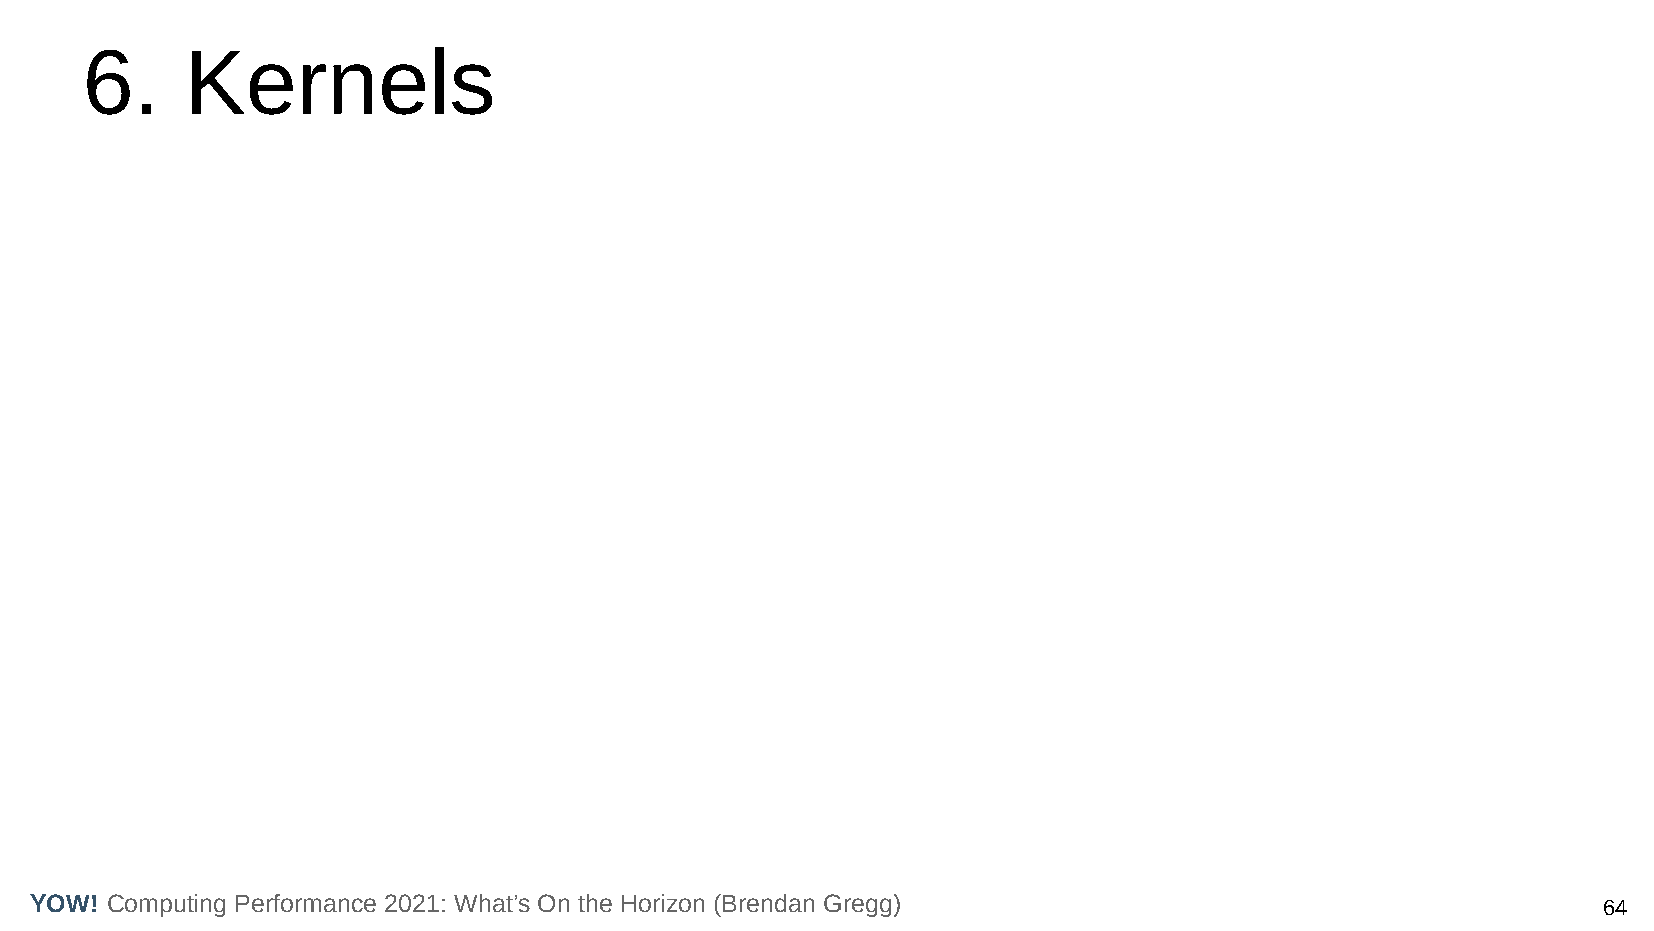
6.     Kernels
 YOW! Computing Performance 2021: What’s On the Horizon (Brendan Gregg)                                  64